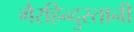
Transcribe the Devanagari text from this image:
गैरहिन्दुस्तानी